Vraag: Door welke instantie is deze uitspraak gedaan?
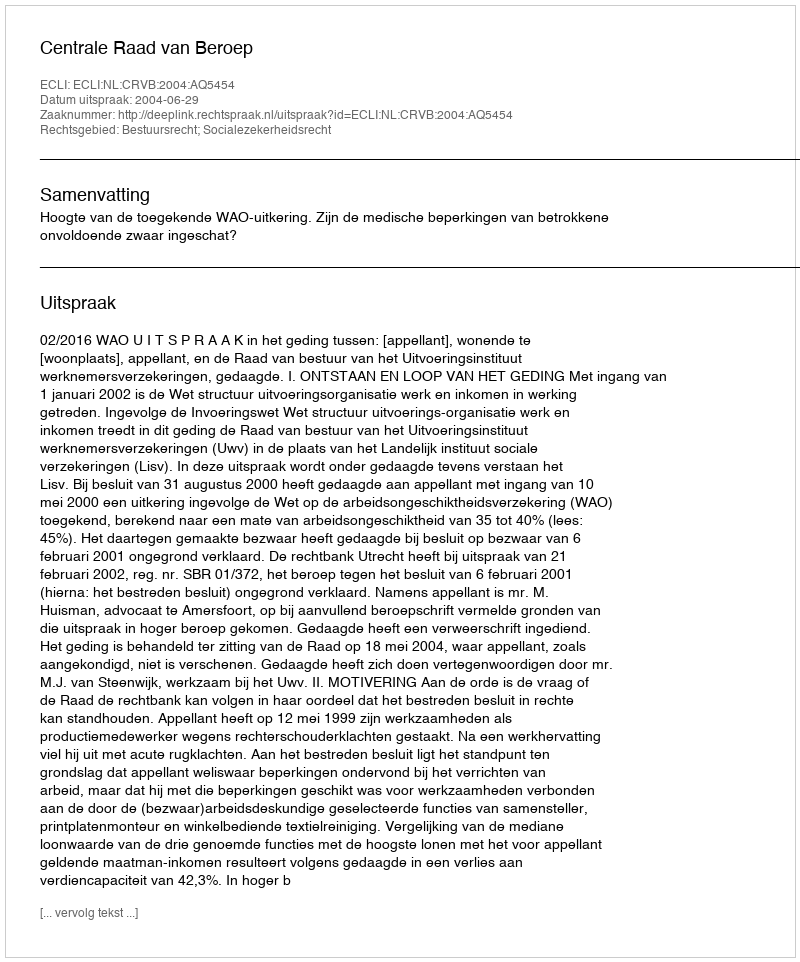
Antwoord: Centrale Raad van Beroep